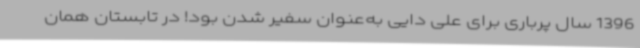
1396 سال پرباری برای علی دایی به‌عنوان سفیر شدن بود! در تابستان همان